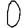
Digit: 0